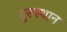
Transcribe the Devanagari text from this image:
गुरुस्थान